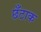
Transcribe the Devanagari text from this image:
छँटाक